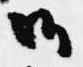
御